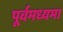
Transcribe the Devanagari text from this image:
पूर्वमध्यमा